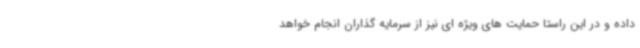
داده و در این راستا حمایت های ویژه ای نیز از سرمایه گذاران انجام خواهد